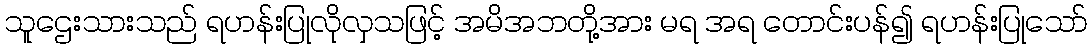
သူဌေးသားသည် ရဟန်းပြုလိုလှသဖြင့် အမိအဘတို့အား မရ အရ တောင်းပန်၍ ရဟန်းပြုသော်